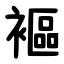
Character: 䙔